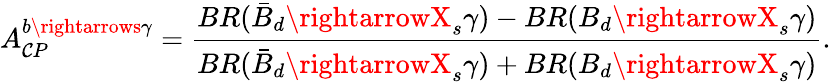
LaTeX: A_{\mathcal{C}P}^{b\rightarrows\gamma}={\frac{{BR(\bar{{B}}_{d}\rightarrowX_{s}\gamma)-BR(B_{d}\rightarrowX_{s}\gamma)}}{{BR(\bar{{B}}_{d}\rightarrowX_{s}\gamma)+BR(B_{d}\rightarrowX_{s}\gamma)}}}.